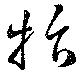
抃